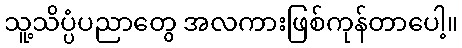
သူ့သိပ္ပံပညာတွေ အလကားဖြစ်ကုန်တာပေါ့။